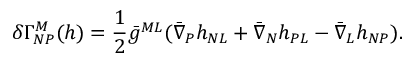
\delta \Gamma _ { N P } ^ { M } ( h ) = { \frac { 1 } { 2 } } \bar { g } ^ { M L } ( \bar { \nabla } _ { P } h _ { N L } + \bar { \nabla } _ { N } h _ { P L } - \bar { \nabla } _ { L } h _ { N P } ) .